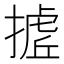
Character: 𭢉